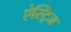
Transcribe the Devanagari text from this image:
ऐस्ट्रिज